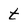
Character: t